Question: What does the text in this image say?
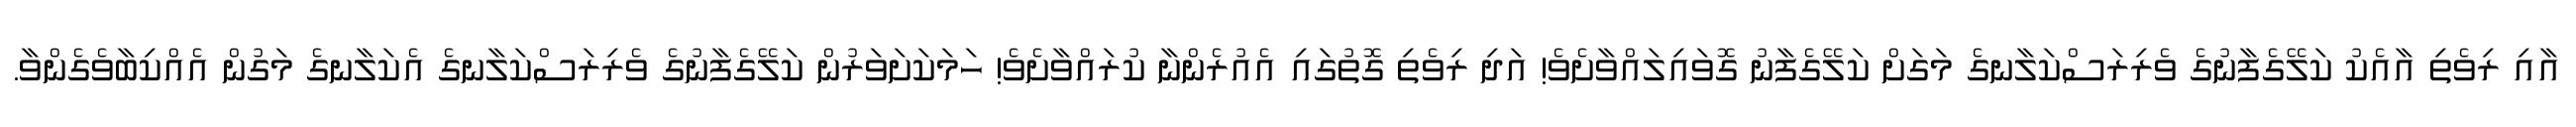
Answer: އާއި ރިވެތި އާއެކު ކަލޭގެފާނުގެ ވެރިރަސްކަލާނގެ މަގަށް ކަލޭގެފާނު ގޮވައިލައްވާށެވެ! އަދި ރިވެތި ގޮތުގައި އެއުރެންނާ ކުރައްވާށެވެ! ހަމަކަށަވަރުން ކަލޭގެފާނުގެ ވެރިރަސްކަލާނގެ އެކަލާނގެ މަގުން އެއްކިބާވެގެންވާ.